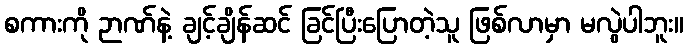
စကားကို ဉာဏ်နဲ့ ချင့်ချိန်ဆင် ခြင်ပြီးပြောတဲ့သူ ဖြစ်လာမှာ မလွဲပါဘူး။